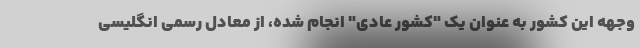
وجهه این کشور به عنوان یک "کشور عادی" انجام شده، از معادل رسمی انگلیسی